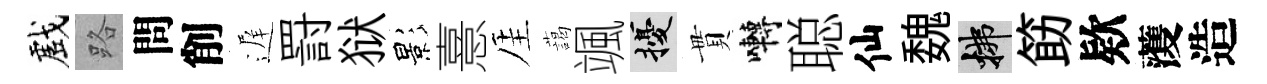
戲路問削遅罸狱影憙厓藹颯擾貫囀聪仙魏拂筯欵𮑮造